Document type: Sale
Year: 1499
Scribe: Joan Martínez de Sòria
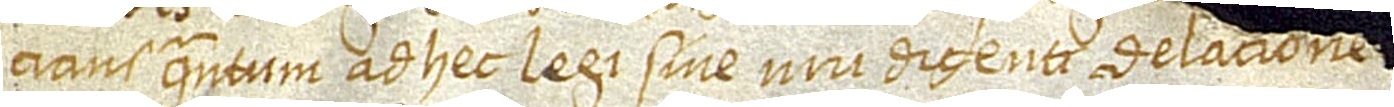
cians quantum ad hec legi sive iuri dicenti delacione[m iuram]